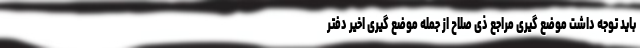
باید توجه داشت موضع گیری مراجع ذی صلاح از جمله موضع گیری اخیر دفتر